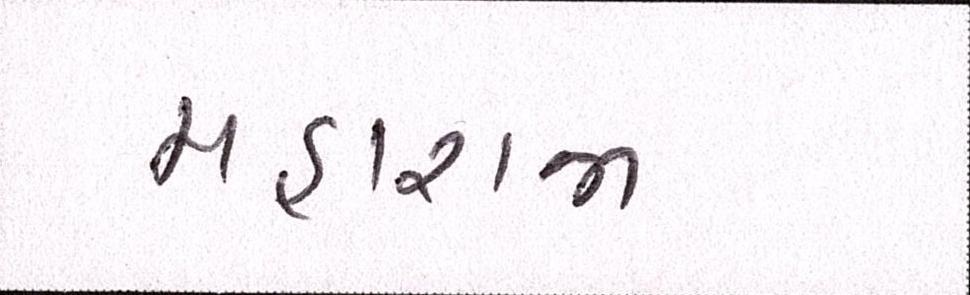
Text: મહારાજા